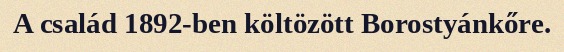
A család 1892-ben költözött Borostyánkőre.